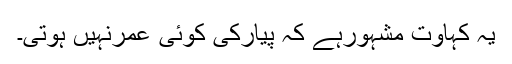
یہ کہاوت مشہورہے کہ پیارکی کوئی عمرنہیں ہوتی۔